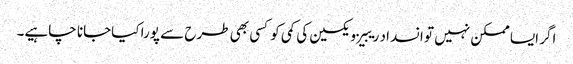
اگر ایسا ممکن نہیں تو انسداد ریبیز ویکسین کی کمی کو کسی بھی طرح سے پورا کیاجانا چاہیے۔